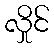
လှိုင်